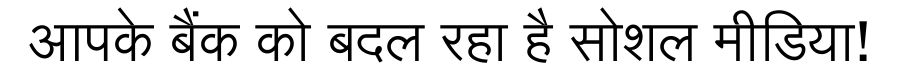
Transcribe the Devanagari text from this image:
आपके बैंक को बदल रहा है सोशल मीडिया!